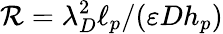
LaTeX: \mathcal{R}=\lambda_{D}^{2}\ell_{p}/(\varepsilon Dh_{p})